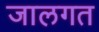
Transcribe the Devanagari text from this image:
जालगत